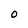
Character: 0